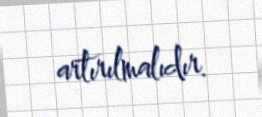
artırılmalıdır.